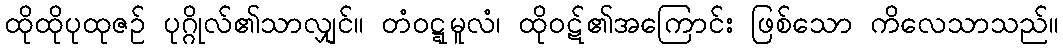
ထိုထိုပုထုဇဉ် ပုဂ္ဂိုလ်၏သာလျှင်။ တံဝဋ္ဋမူလံ၊ ထိုဝဋ်၏အကြောင်း ဖြစ်သော ကိလေသာသည်။